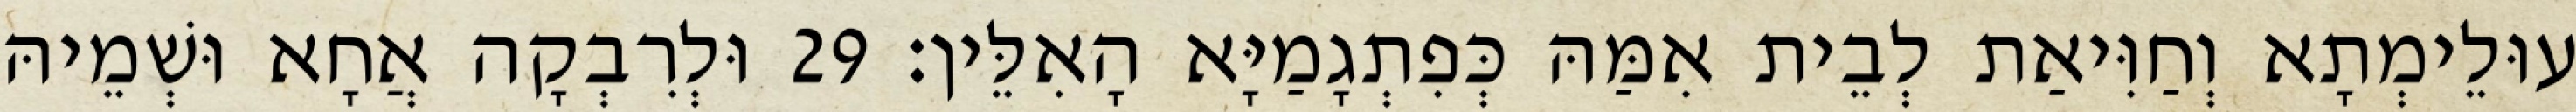
עוּלֵימְתָא וְחַוִּיאַת לְבֵית אִמַּהּ כְּפִתְגָמַיָּא הָאִלֵּין׃ 29 וּלְרִבְקָה אֲחָא וּשְׁמֵיהּ